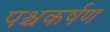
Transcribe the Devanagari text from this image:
पश्चकर्षण